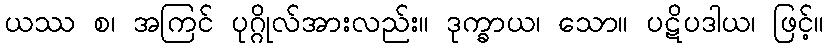
ယဿ စ၊ အကြင် ပုဂ္ဂိုလ်အားလည်း။ ဒုက္ခာယ၊ သော။ ပဋိပဒါယ၊ ဖြင့်။